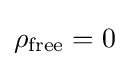
\rho _{\text{free}}=0